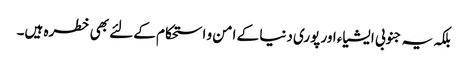
بلکہ یہ جنوبی ایشیاء اور پوری دنیا کے امن و استحکام کے لئے بھی خطرہ ہیں۔